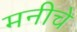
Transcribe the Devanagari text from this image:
मनीचे